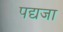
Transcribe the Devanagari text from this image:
पद्यजा